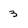
Character: 3